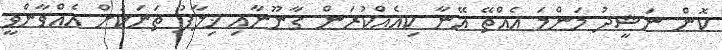
ކޮން ނަޝީދު މަންމަ އެއްތޭ އޭނާ ކިއެއްކުރަން ގާނޫނާއި ޚިލާފު ތަނަކަށް އެއްވާންވީ